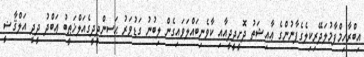
އިބްރާހިމްފާމުލަދޭރިކިލެގެފާނުންގެ ޢާއިޝަތު ދޮށީދީދީއާއި ކާވެނިބައްލަވައިގެން ލިބުނު ގަޑުވަރު ޙަސންދީދީގެއަލްޚަޠީބު ޢަބްދު ދީދީ އަލްޤާޟީ